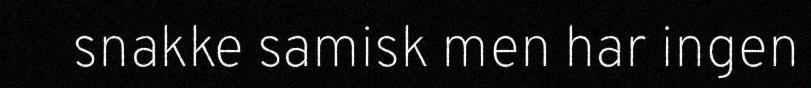
snakke samisk men har ingen